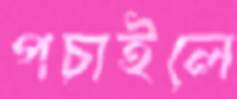
পচাইলে